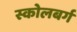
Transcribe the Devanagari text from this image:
स्कोलबर्ग